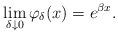
LaTeX: \begin{align*}\underset{\delta\downarrow 0}{\lim} \, \varphi_{\delta}(x)=e^{\beta x}. \end{align*}